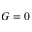
G = 0